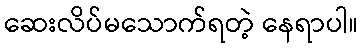
ဆေးလိပ်မသောက်ရတဲ့ နေရာပါ။